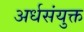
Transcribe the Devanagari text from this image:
अर्धसंयुक्त